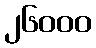
၂၆၀၀၀